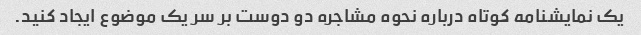
یک نمایشنامه کوتاه درباره نحوه مشاجره دو دوست بر سر یک موضوع ایجاد کنید.